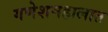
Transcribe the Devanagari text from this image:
गणेशमहालात